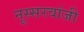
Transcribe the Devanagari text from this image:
नूस्सरवांजी